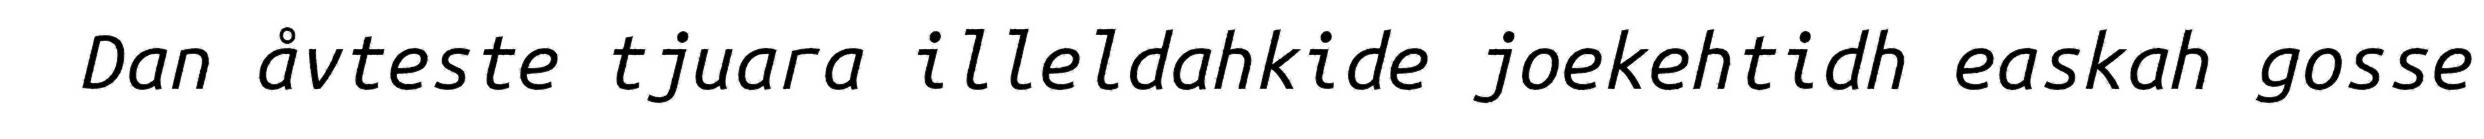
Dan åvteste tjuara illeldahkide joekehtidh easkah gosse